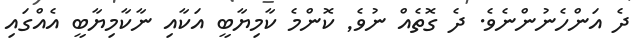
ދެ އަންހެނުންނެވެ. ދެ ގޮތެއް ނުވެ